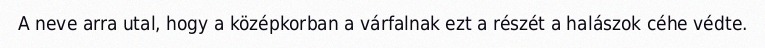
A neve arra utal, hogy a középkorban a várfalnak ezt a részét a halászok céhe védte.